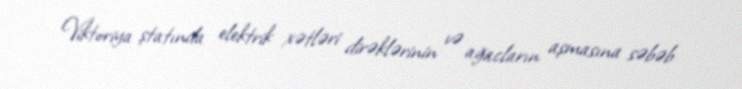
Viktoriya ştatında elektrik xətləri dirəklərinin və ağacların aşmasına səbəb